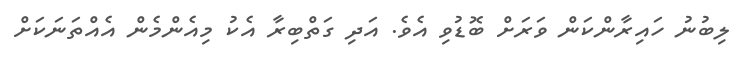
ލިބުނު ހައިރާންކަން ވަރަށް ބޮޑުވި އެވެ. އަދި ގަތްބިރާ އެކު މިއެންމެން އެއްތަނަކަށް